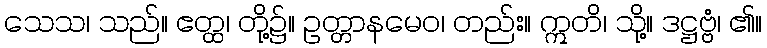
သေသ၊ သည်။ ဧတ္ထ၊ တို့၌။ ဥတ္တာနမေဝ၊ တည်း။ ဣတိ၊ သို့။ ဒဋ္ဌဗ္ဗံ၊ ၏။